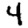
Digit: 4